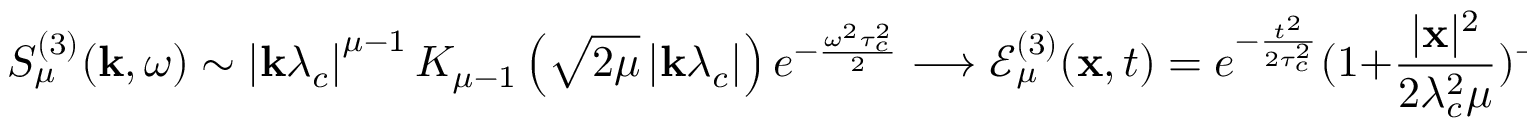
S _ { \mu } ^ { ( 3 ) } ( \mathbf { k } , \omega ) \sim \left| \mathbf { k } \lambda _ { c } \right| ^ { \mu - 1 } K _ { \mu - 1 } \left( \sqrt { 2 \mu } \left| \mathbf { k } \lambda _ { c } \right| \right) e ^ { - \frac { \omega ^ { 2 } \tau _ { c } ^ { 2 } } { 2 } } \longrightarrow \mathcal { E } _ { \mu } ^ { ( 3 ) } ( \mathbf { x } , t ) = e ^ { - \frac { t ^ { 2 } } { 2 \tau _ { c } ^ { 2 } } } ( 1 + \frac { | \mathbf { x } | ^ { 2 } } { 2 \lambda _ { c } ^ { 2 } \mu } ) ^ { - \mu } .